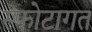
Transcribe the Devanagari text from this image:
स्फोटागत